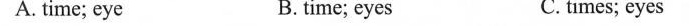
A. time; eye B. time; eyes C.times; eyes